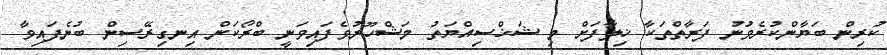
ކުރިން ބަޔާންކުރެވުނު ފަރާތްތަކާ ޚިލާފަށް މި ޝަޚްސިއްޔަތު މަޝްހޫރުވެފައިވަނީ ބްރޯކަން އިނގިރޭސިން ބުނެފައިވާ